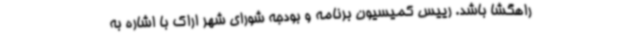
راهگشا باشد. رییس کمیسیون برنامه و بودجه شورای شهر اراک با اشاره به